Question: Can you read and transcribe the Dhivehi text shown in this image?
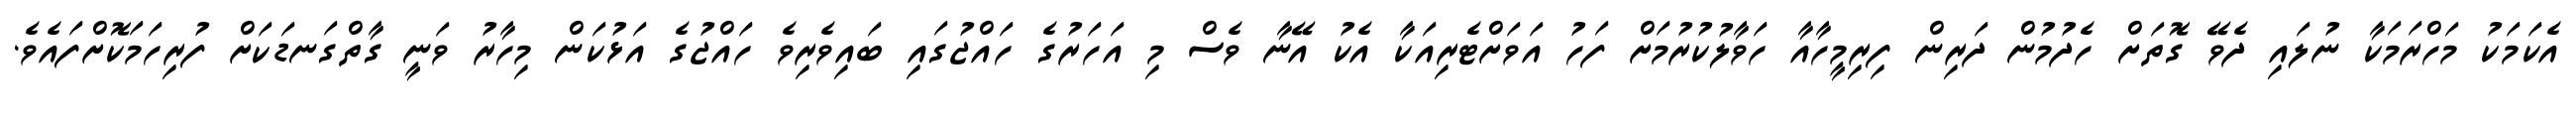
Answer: އެކަމަކު މަހްރަމަކާ ނުލައި ދެވޭ ގޮތަށް ހެދުމުން ދަރިން ފިރިމީހާއާ ހަވާލުކުރުމަށް ފަހު އަވަށްޓެރިއަކާ އެކު އޭނާ ވެސް މި އަހަރުގެ ހައްޖުގައި ބައިވެރިވެ ހައްޖުގެ އަޅުކަން މިހާރު ވަނީ ގާތްގަނޑަކަށް ފުރިހަމަކޮށްފައެވެ.